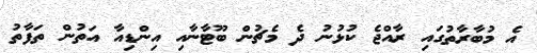
އެ މުބާރާތުގައި ރާއްޖެ ކުޅުނު ދެ މެޗުން ބޫޓާނާއި އިންޑިއާ އަތުން ތަފާތު